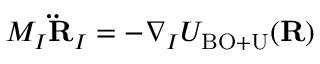
M _ { I } { \bf \ddot { R } } _ { I } = - \nabla _ { I } U _ { \mathrm { B O + U } } ( { \bf R } )